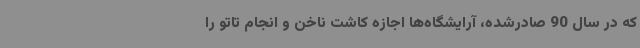
که در سال 90 صادرشده، آرایشگاه‌ها اجازه کاشت ناخن و انجام تاتو را